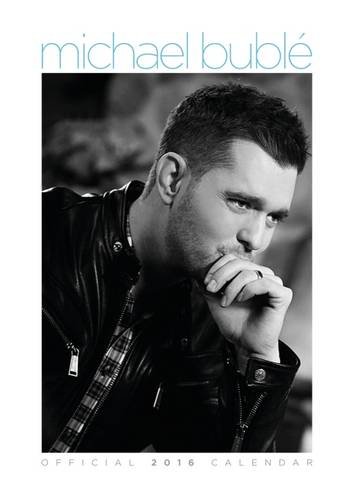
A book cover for The Official Michael Buble 2016 A3 Calendar; Calendars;